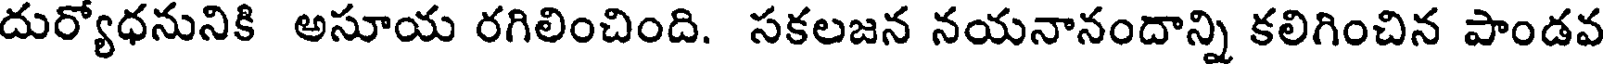
దుర్యోధనునికి అసూయ రగిలించింది. సకలజన నయనానందాన్ని కలిగించిన పాండవ